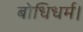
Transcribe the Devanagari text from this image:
बोधिधर्म।